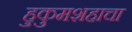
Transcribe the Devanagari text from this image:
हुकुमशहाचा